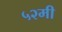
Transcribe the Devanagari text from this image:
५२मी